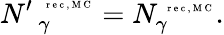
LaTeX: N{^{\prime\, }}_{\gamma}^{\mathrm{~\tiny~r~e~c~,~M~C~}}=N_{\gamma}^{\mathrm{~\tiny~r~e~c~,~M~C~}}.